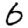
Digit: 6